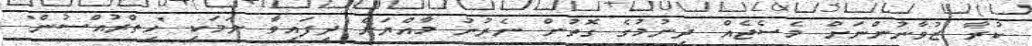
ކުރާ ޒުވާނުންނަށް މެސެޖެއް ދިނުމުގެ ގޮތުން ނެރުނު މާއްޔަށް ދީފައިވާ ނަމަކީ "ހިތްރުއްސުން"